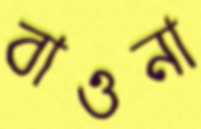
বাওনা